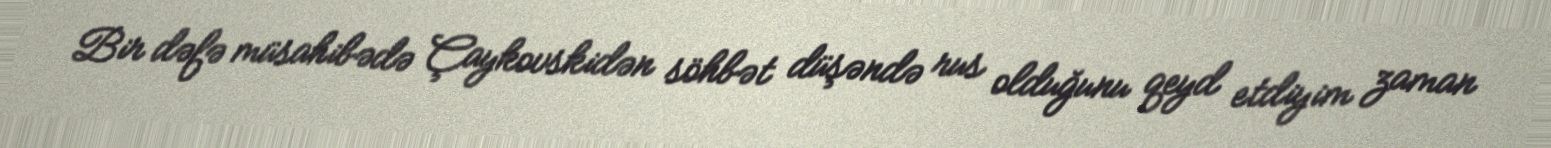
Bir dəfə müsahibədə Çaykovskidən söhbət düşəndə rus olduğunu qeyd etdiyim zaman